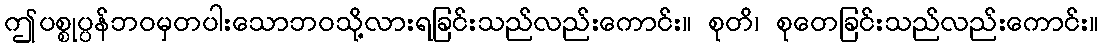
ဤပစ္စုပ္ပန်ဘဝမှတပါးသောဘဝသို့လားရခြင်းသည်လည်းကောင်း။ စုတိ၊ စုတေခြင်းသည်လည်းကောင်း။